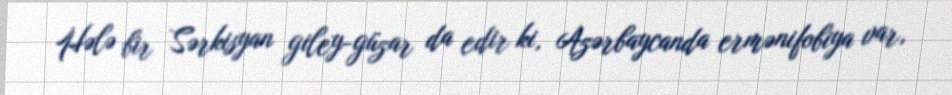
Hələ bir Sərkisyan giley-güzar da edir ki, Azərbaycanda ermənifobiya var,